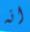
انه